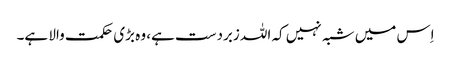
اِس میں شبہ نہیں کہ اللہ زبردست ہے، وہ بڑی حکمت والا ہے۔